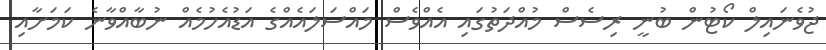
ޖުވެނައިލް ކޯޓުން ބުނީ ރިސެސް މުއްދަތުގައި އެއްވެސް މައްސަލައެއްގެ އަޑުއެހުމެއް ނުބާއްވާނެ ކަމަށާއި